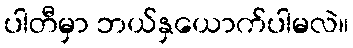
ပါတီမှာ ဘယ်နှယောက်ပါမလဲ။